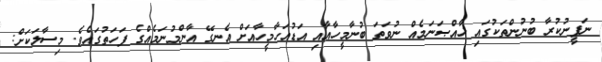
ނަފީނުކުރާ ބުނުންތަކުގައި ޚާއްޞަނަމެއް ނުވަތަ ބުނާމީހާއާއި އަޑުއަހާމީހާއަށް އެނގޭ އާންމުނަމެއްގެ ފަހަތުގައެވެ. މިސާލަކަށް: